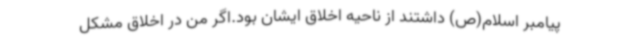
پیامبر اسلام(ص) داشتند از ناحیه اخلاق ایشان بود.اگر من در اخلاق مشکل